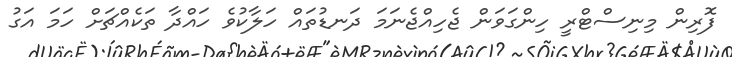
ފޮރިން މިނިސްޓްރީ ހިންގަވަން ޖެހިއްޖެނަމަ ދަނޑުތައް ހަލާކުވެ ހައްދާ ތަކެއްޗަށް ހަމަ އަގު